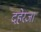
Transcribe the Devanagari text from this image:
दहेरजा